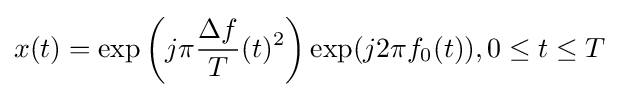
x(t)=\exp \left(j\pi {\frac {\Delta f}{T}}(t)^{2}\right)\exp(j2\pi f_{0}(t)),0\leq t\leq T